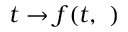
t \to f ( t , \ )